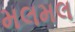
મલમલ